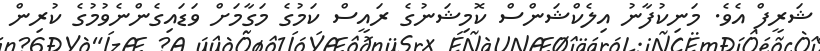
ޝަރީފް އެވެ. މަނިކުފާނު އިލެކްޝަންސް ކޮމިޝަނުގެ ރައީސް ކަމުގެ މަގާމަށް ވަޑައިގެންނެވުމުގެ ކުރިން